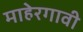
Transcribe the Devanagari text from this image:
माहेरगावी